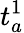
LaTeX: t_{a}^{1}